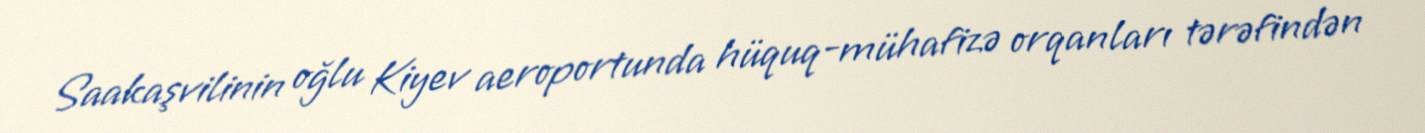
Saakaşvilinin oğlu Kiyev aeroportunda hüquq-mühafizə orqanları tərəfindən